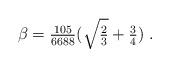
LaTeX: \begin{align*} \beta=\tfrac{105}{6688}(\sqrt{\tfrac{2}{3}}+\tfrac{3}{4})~.\end{align*}